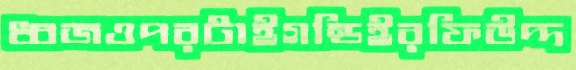
ধ্বজওপরটাইগন্ডিইরফিউদ্দ